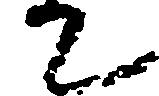
て